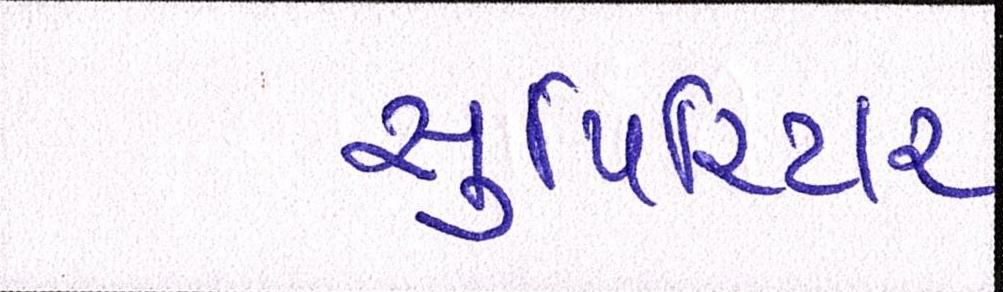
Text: સુપિરિયર